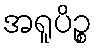
အရူပိဉ္စ